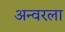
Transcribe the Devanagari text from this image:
अन्वरला